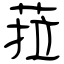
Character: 菈